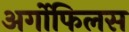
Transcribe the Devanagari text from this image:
अर्गोफिलस